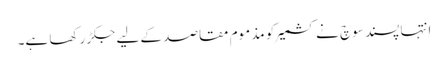
انتہا پسند سوچ نے کشمیر کو مذموم مقاصد کے لیے جکڑ رکھا ہے۔